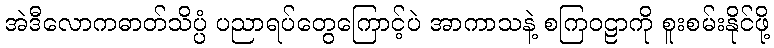
အဲဒီလောကဓာတ်သိပ္ပံ ပညာရပ်တွေကြောင့်ပဲ အာကာသနဲ့ စကြဝဠာကို စူးစမ်းနိုင်ဖို့